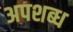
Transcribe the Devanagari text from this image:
अपशब्ध